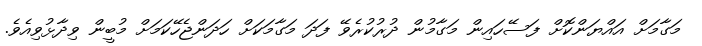
މަގާމަށް އައްޔަންކޮށް ފަސޭހައިން މަގާމުން ދުރުކުރެވޭ ފަދަ މަގާމަކަށް ހަދަންޖެހޭކަމަށް މުބީން ވިދާޅުވިއެވެ.